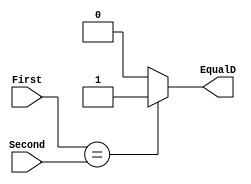
`timescale 1ns / 1ps

module Equals(
    input [31:0] First,
    input [31:0] Second,
    output reg EqualD
    );
    
    always@(*) begin
        if (First == Second) begin
            EqualD <= 1'b1;
        end
        else begin
            EqualD <= 1'b0;
        end
    end
endmodule